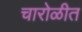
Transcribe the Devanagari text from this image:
चारोळीत